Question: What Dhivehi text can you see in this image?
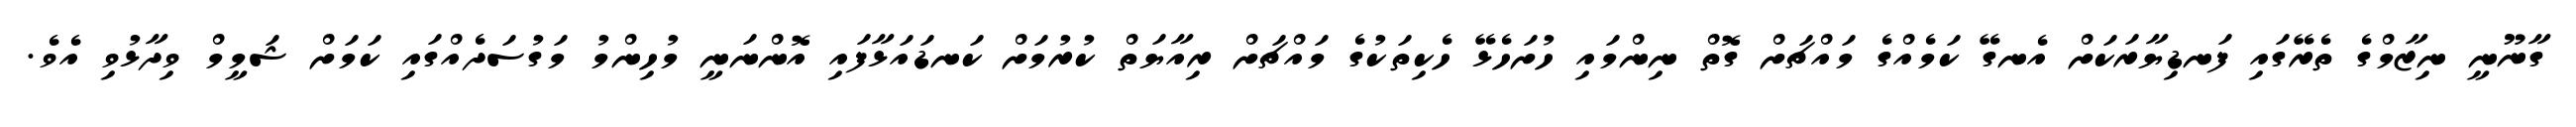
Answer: ގާނޫނީ ނިޒާމްގެ ތެރޭގައި ފަނޑިޔާރަކަށް އެނގޭ ކަމެއްގެ މައްޗަށް ގޮތް ނިންމައި ހުށަހެޅޭ ހެކިތަކުގެ މައްޗަށް ރިއާޔަތް ކުރުމަށް ކަނޑައަޅާފައި އޮންނަނީ މުހިންމު މަގުސަދެއްގައި ކަމަށް ޝަމީމް ވިދާޅުވި އެވެ.